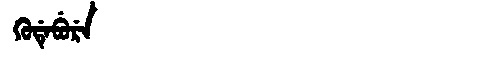
Manchu: ᡴᡠᡩᡝᠪᡠᡵᡝ
Romanization: KUDEBURE